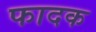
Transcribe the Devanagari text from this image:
फादक